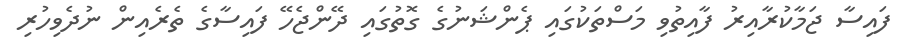
ފައިސާ ޖަމާކުރާއިރު ފާއިތުވި މަސްތަކުގައި ޕެންޝަނުގެ ގޮތުގައި ދޭންޖެހޭ ފައިސާގެ ތެރެއިން ނުދެވިހުރި